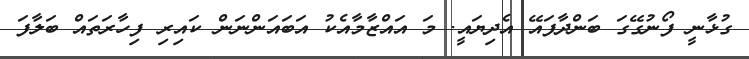
ގުޅާނީ ފޯނުގޭގަ ބަންދާފައޭ އެދިޔައީ. މަ އައްޒާމާއެކު އަބައަންނަން ކައިރި ފިހާރަތައް ބަލާފަ